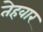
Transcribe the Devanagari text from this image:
तेहवार